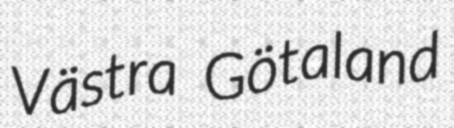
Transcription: Västra Götaland